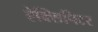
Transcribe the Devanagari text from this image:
ऐक्सिपिटर